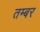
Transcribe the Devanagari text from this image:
तम्बर